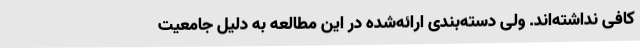
کافی نداشته‌اند. ولی دسته‌بندی ارائه‌شده در این مطالعه به دلیل جامعیت